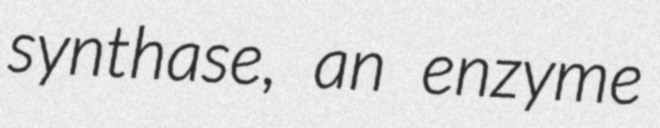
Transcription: synthase, an enzyme